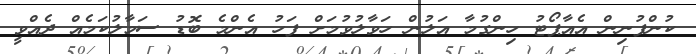
ކުންފުނިން އެއާޕޯޓު ހިންގުމާ އަލުން ހަވާލުވުމަށް ފަހު އެންމެ ބޮޑު ސަމާލުކަމެއް ދެއްވީ